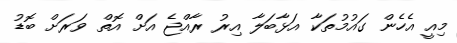
މިއީ އެހެން ގައުމުތަކާ އަޅާބަލާ އިރު ރާއްޖެ އަށް އޮތް ވަރަށް ބޮޑު